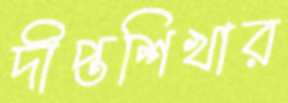
দীপ্তশিখার